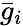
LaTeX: {\bar{g}}_{i}